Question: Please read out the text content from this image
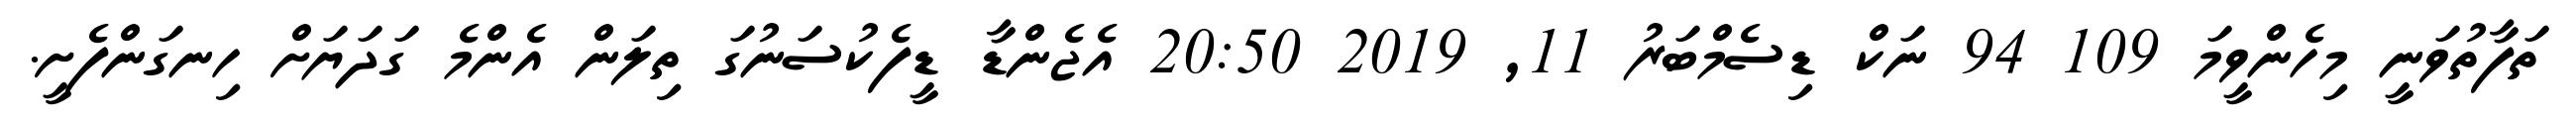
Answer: ތަފާތުވަނީ މިހެންވީމަ 109 94 ނަކް ޑިސެމްބަރު 11, 2019 20:50 އެޖެންޑާ ޑީފެކުސަނުގަ ތިލަން އެންމެ ގަދަޔަށް ހިނގަންފެށީ.